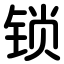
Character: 锁